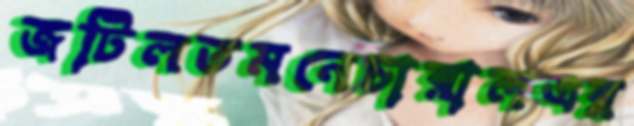
জটিলতমনেচারালএর